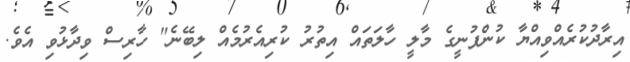
އިރާދުކުރެއްވިއްޔާ ކުންފުނީގެ މާލީ ހާލަތައް އިތުރު ކުރިއެރުމެއް ލިބޭނެ" ހާރިސް ވިދާޅުވި އެވެ.